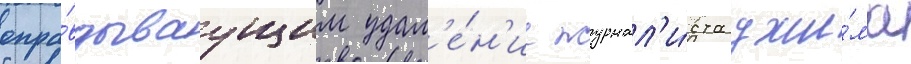
опра́вдываущим удал'е́н'ие журнал'и́ста джи́ма